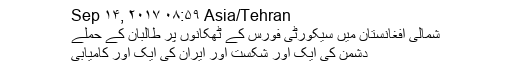
Sep ۱۴, ۲۰۱۷ ۰۸:۵۹ Asia/Tehran
شمالی افغانستان میں سیکورٹی فورس کے ٹھکانوں پر طالبان کے حملے
دشمن کی ایک اور شکست اور ایران کی ایک اور کامیابی